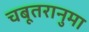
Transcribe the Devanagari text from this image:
चबूतरानुमा